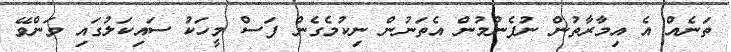
ތަނެއް އެ އިމާރާތުން ނުފެނުމުން އެތަނުން ނިކުމެގެން ފަސް މީހަކު ސައިކަލުގައި ވަންވޭ